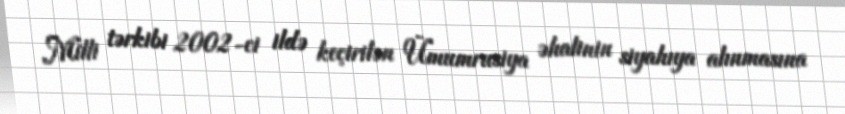
Milli tərkibi 2002-ci ildə keçirilən Ümumrusiya əhalinin siyahıya alınmasına